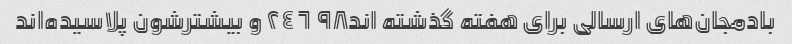
بادمجان‌های ارسالی برای هفته گذشته اند٩٨ ٦ ٢٤ و بیشترشون پلاسیده‌اند